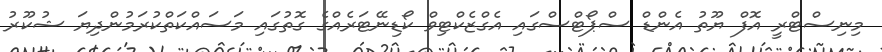
މިނިސްޓްރީ އޮފް ޔޫތު އެންޑް ސްޕޯޓްސްގައި އެގްޒެކްޓިވް ކޯޑިނޭޓަރެއްގެ ގޮތުގައި މަސައްކަތްކުރަމުންދިޔަ ޝުކޫރު